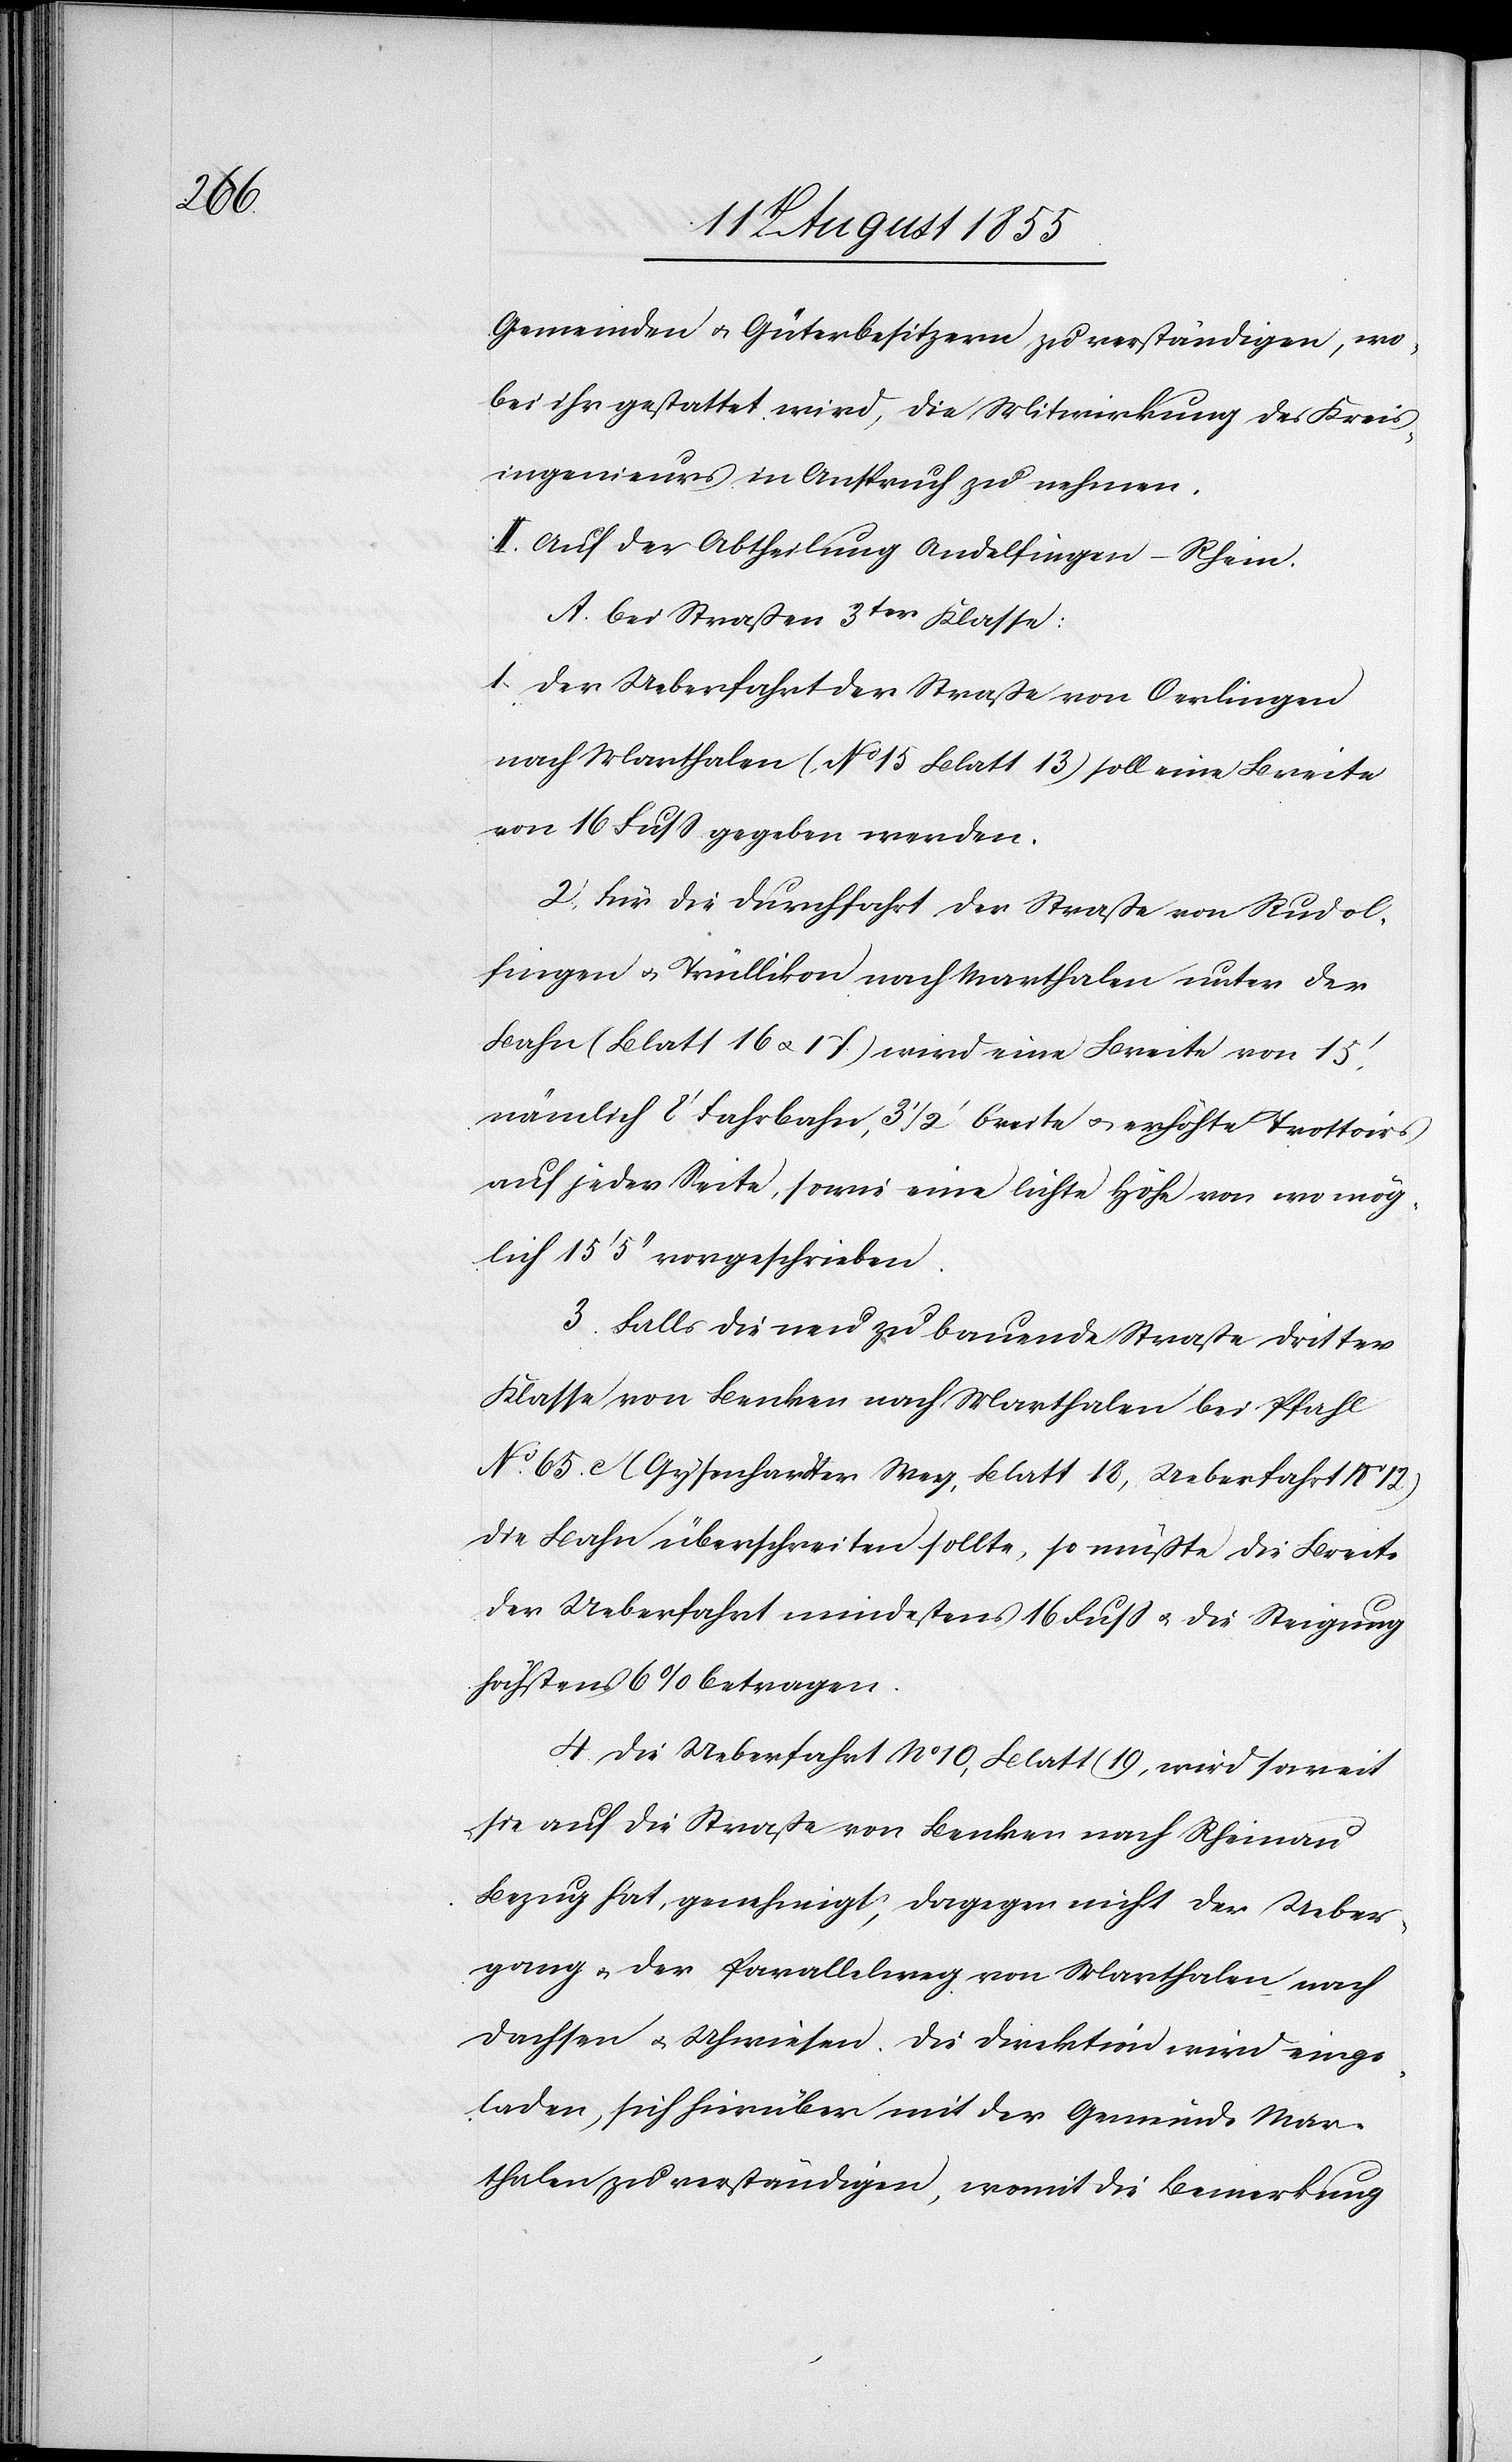
Gemeinden & Güterbesitzern zu verständigen, wo¬
bei ihr gestattet wird, die Mitwirkung des Kreis¬
ingenieurs in Anspruch zu nehmen.
Auf der Abtheilung Andelfingen-Rhein.
bei Straßen 3ter Klasse:
Der Ueberfahrt der Straße von Oerlingen
nach Marthalen (No 15 Blatt 13) soll eine Breite
von 16 Fuss gegeben werden.
Für die Durchfahrt der Straße von Rudol¬
fingen & Trüllikon nach Marthalen unter der
Bahn (Blatt 16 & 17) wird eine Breite von 15‘.
nämlich 8‘ Fahrbahn, 3 1/2‘ breite [sic!] & erhöhte Trottoirs
auf jeder Seite, sowie eine lichte Höhe von wo mög¬
lich 15‘ 5‘‘ vorgeschrieben.
Falls die neu zu bauende Straße dritter
Klasse von Benken nach Marthalen bei Pfahl
No. 65. c. (Gysenhardter Weg, Blatt 18, Ueberfahrt No 12)
die Bahn überschreiten sollte, so müßte die Breite
der Ueberfahrt mindestens 16 Fuss & die Steigung
höchstens 6% betragen.
Die Ueberfahrt No 10, Blatt 19, wird soweit
sie auf die Straße von Benken nach Rheinau
Bezug hat, genehmigt, dagegen nicht der Ueber¬
gang & der Parallelweg von Marthalen nach
Dachsen & Uhwiesen. Die Direktion wird einge¬
laden, sich hierüber mit der Gemeinde Mar¬
thalen zu verständigen, womit die Bemerkung